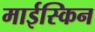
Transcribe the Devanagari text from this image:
माईस्किन